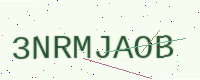
Text: 3NRMJAOB